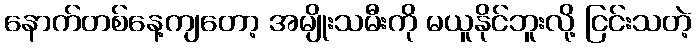
နောက်တစ်နေ့ကျတော့ အမျိုးသမီးကို မယူနိုင်ဘူးလို့ ငြင်းသတဲ့